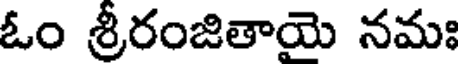
ఓం శ్రీరంజితాయె నమః